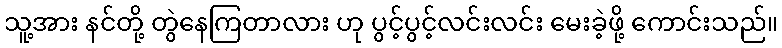
သူ့အား နင်တို့ တွဲနေကြတာလား ဟု ပွင့်ပွင့်လင်းလင်း မေးခဲ့ဖို့ ကောင်းသည်။